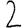
Digit: 2